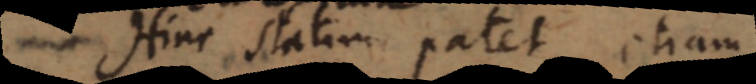
Hinc statim patet etiam